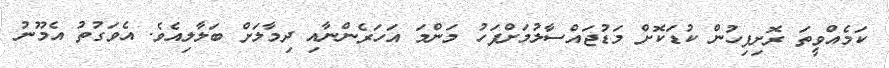
ކަމެއްވީތަ ރޮށިފިހުން ކުޑަކޮށް މަޑުޖައްސާލުމަށްފަހު މަންމަ އަހަރެންނާއި ދިމާލަށް ބަލާލިއެވެ. އެވަގުތު އެމޫނު